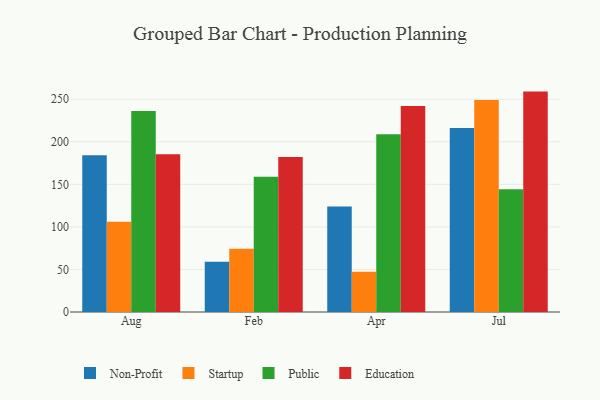
{"axis": {"x": "Month", "y": "Humidity (%)"}, "legend": ["Education", "Non-Profit", "Public", "Startup"], "data": [{"x": "Aug", "y": 184.3, "type": "Non-Profit"}, {"x": "Aug", "y": 106.2, "type": "Startup"}, {"x": "Aug", "y": 236.2, "type": "Public"}, {"x": "Aug", "y": 185.4, "type": "Education"}, {"x": "Feb", "y": 59.0, "type": "Non-Profit"}, {"x": "Feb", "y": 74.2, "type": "Startup"}, {"x": "Feb", "y": 158.8, "type": "Public"}, {"x": "Feb", "y": 182.0, "type": "Education"}, {"x": "Apr", "y": 123.9, "type": "Non-Profit"}, {"x": "Apr", "y": 47.3, "type": "Startup"}, {"x": "Apr", "y": 208.9, "type": "Public"}, {"x": "Apr", "y": 242.1, "type": "Education"}, {"x": "Jul", "y": 216.2, "type": "Non-Profit"}, {"x": "Jul", "y": 249.0, "type": "Startup"}, {"x": "Jul", "y": 144.2, "type": "Public"}, {"x": "Jul", "y": 259.0, "type": "Education"}]}